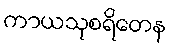
ကာယသုစရိတေန